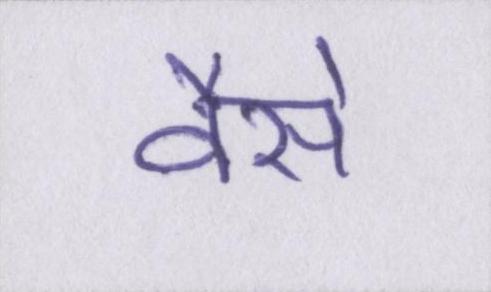
वैसे